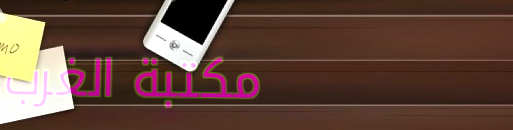
مكتبة الغرب